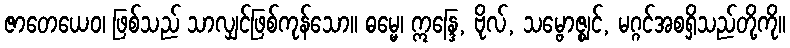
ဇာတေယေဝ၊ ဖြစ်သည် သာလျှင်ဖြစ်ကုန်သော။ ဓမ္မေ၊ ဣန္ဒြေ, ဗိုလ်, သမ္ဗောဇ္ဈင်, မဂ္ဂင်အစရှိသည်တို့ကို။